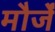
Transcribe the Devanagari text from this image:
मौर्जें